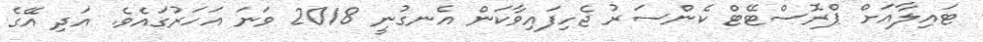
ޓައިލާއަށް ޕްރޮސްޓޭޓް ކެންސަރު ޖެހިފައިވާކަން އެނގުނީ 2018 ވަނަ އަހަރުގައެވެ. އަދި އޭގެ